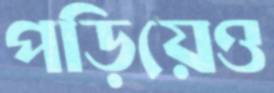
পড়িয়েও